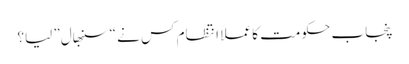
پنجاب حکومت کا عملاً انتظام کس نے “سنبھال” لیا؟